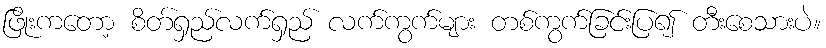
ဖြိုးကတော့ စိတ်ရှည်လက်ရှည် လက်ကွက်များ တစ်ကွက်ခြင်းပြ၍ တီးစေသားပဲ။